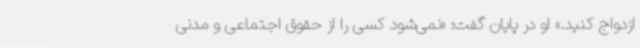
ازدواج کنید.» او در پایان گفت: «نمی‌شود کسی را از حقوق اجتماعی و مدنی